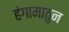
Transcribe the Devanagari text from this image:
हंगामातुन